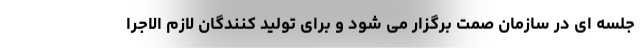
جلسه ای در سازمان صمت برگزار می شود و برای تولید کنندگان لازم الاجرا